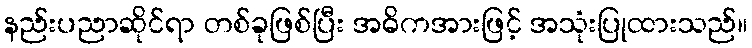
နည်းပညာဆိုင်ရာ တစ်ခုဖြစ်ပြီး အဓိကအားဖြင့် အသုံးပြုထားသည်။